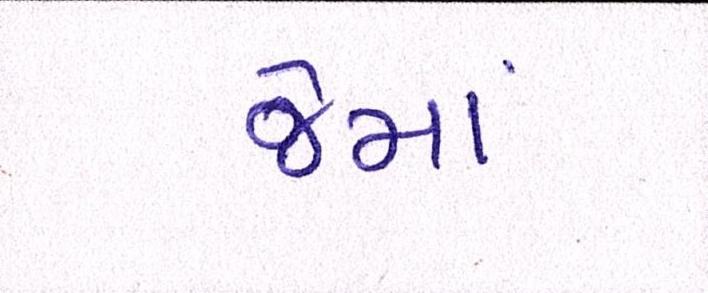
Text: જેમાં